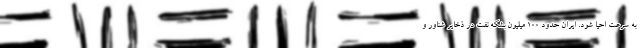
به سرعت احیا شود. ایران حدود ۱۰۰ میلیون بشکه نفت در ذخایر شناور و